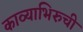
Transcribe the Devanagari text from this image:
काव्याभिरुची